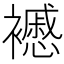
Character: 𧞰